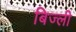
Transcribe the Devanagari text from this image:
बिज्ली